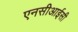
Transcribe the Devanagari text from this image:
एनसीआईसी